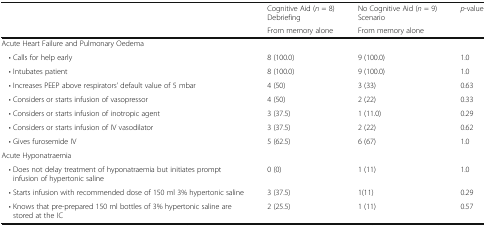
<table><thead><tr><td>[EMPTY_CELL]</td><td><b>Cognitive Aid (<i>n</i> = 8)Debriefing</b></td><td><b>No Cognitive Aid (<i>n</i> = 9)Scenario</b></td><td><b><i>p</i>-value</b></td></tr><tr><td>[EMPTY_CELL]</td><td><b>From memory alone</b></td><td colspan="2"><b>From memory alone</b></td></tr></thead><tbody><tr><td colspan="4">Acute Heart Failure and Pulmonary Oedema</td></tr><tr><td> • Calls for help early</td><td>8 (100.0)</td><td>9 (100.0)</td><td>1.0</td></tr><tr><td> • Intubates patient</td><td>8 (100.0)</td><td>9 (100.0)</td><td>1.0</td></tr><tr><td> • Increases PEEP above respirators’ default value of 5 mbar</td><td>4 (50)</td><td>3 (33)</td><td>0.63</td></tr><tr><td> • Considers or starts infusion of vasopressor</td><td>4 (50)</td><td>2 (22)</td><td>0.33</td></tr><tr><td> • Considers or starts infusion of inotropic agent</td><td>3 (37.5)</td><td>1 (11.0)</td><td>0.29</td></tr><tr><td> • Considers or starts infusion of IV vasodilator</td><td>3 (37.5)</td><td>2 (22)</td><td>0.62</td></tr><tr><td> • Gives furosemide IV</td><td>5 (62.5)</td><td>6 (67)</td><td>1.0</td></tr><tr><td colspan="4">Acute Hyponatraemia</td></tr><tr><td> • Does not delay treatment of hyponatraemia but initiates prompt infusion of hypertonic saline</td><td>0 (0)</td><td>1 (11)</td><td>1.0</td></tr><tr><td> • Starts infusion with recommended dose of 150 ml 3% hypertonic saline</td><td>3 (37.5)</td><td>1(11)</td><td>0.29</td></tr><tr><td> • Knows that pre-prepared 150 ml bottles of 3% hypertonic saline are stored at the IC</td><td>2 (25.5)</td><td>1 (11)</td><td>0.57</td></tr></tbody></table>